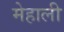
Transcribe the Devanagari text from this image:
मेहाली